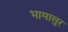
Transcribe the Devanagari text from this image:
भामासुर